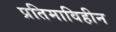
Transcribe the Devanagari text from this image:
प्रतिमाविहीन